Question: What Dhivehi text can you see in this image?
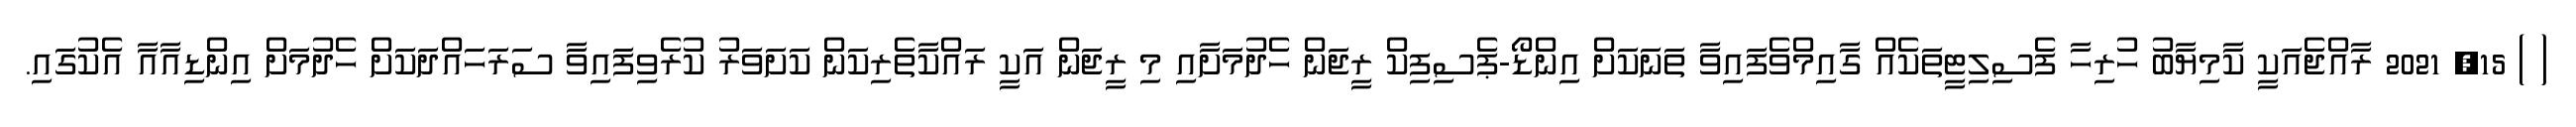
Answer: ( ) 15, 2021 ރާއްޖެއަކީ ކާމިޔާބު ހުރިހާ ފެސިލިޓީތަކެއް ގާއިމްވެފައިވާ ތަނަކަށް އިންޑޯ-ޕެސިފިކް ރީޖަން ހެދުމަށާއި މި ރީޖަން އަކީ ރައްކާތެރިކަން ކަށަވަރު ކުރެވިފައިވާ ސަރަހައްދަކަށް ހެދުމަށް އިންޑިއާއާ އެކުގައި.